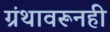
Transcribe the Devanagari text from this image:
ग्रंथावरूनही